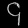
Digit: ၄